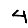
Digit: 4